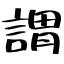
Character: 謂